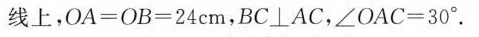
线上，$$O A = O B = 2 4 cm$$，BC⊥AC，$$∠ O A C = 3 0°$$。